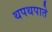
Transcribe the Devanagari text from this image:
थपथपाते